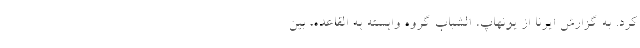
کرد. به گزارش ایرنا از یونهاپ، الشباب گروه وابسته به القاعده، بین